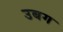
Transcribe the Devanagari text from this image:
उबग